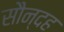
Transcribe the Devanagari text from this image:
सौन्दह